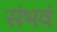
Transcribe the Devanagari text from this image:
संभवं